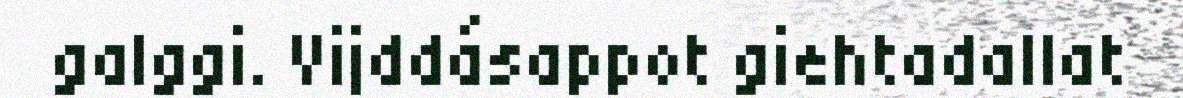
galggi. Vijddásappot giehtadallat